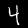
Label: 4